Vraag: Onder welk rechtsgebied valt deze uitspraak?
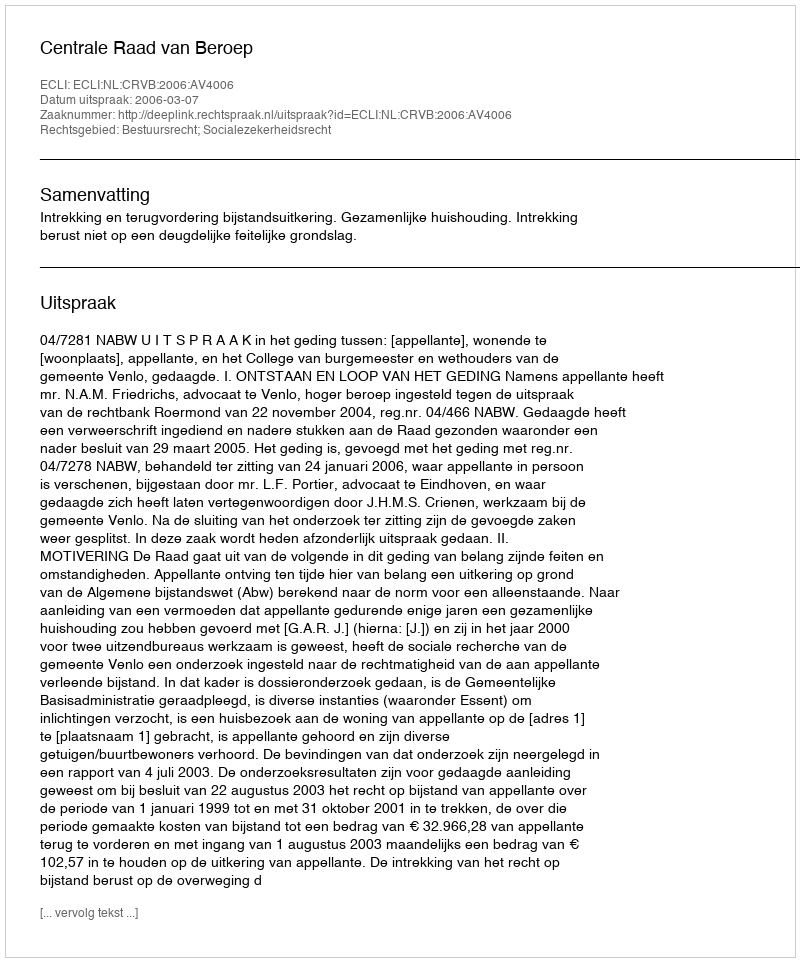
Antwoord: Bestuursrecht; Socialezekerheidsrecht